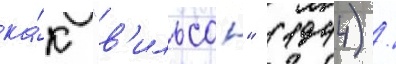
ка́к "в'ильсон" (1944) /